Indian journal of veterinary science and animal husbandry - Volumes 24-25, 1954-1955
Year: 1954
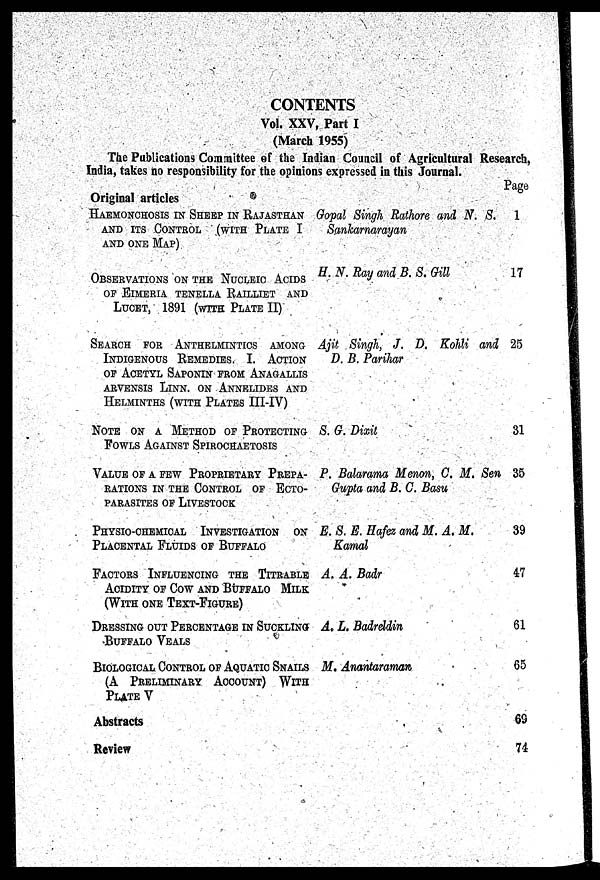
CONTENTS
Vol. XXV, Part I
(March 1955)
The Publications Committee of the Indian Council of Agricultural Research,
India, takes no responsibility for the opinions expressed in this Journal.
Original articles
HAEMONCHOSIS IN SHEEP IN RAJASTHAN
AND ITS CONTROL (WITH PLATE I
AND ONE MAP)
OBSERVATIONS ON THE NUCLEIC ACIDS
OF EIMERIA TENELLA RAILLIET AND
LUCET, 1891 (WITH PLATE II)
SEARCH FOR ANTHELMINTICS AMONG
INDIGENOUS REMEDIES. I. ACTION
OF ACETYL SAPONIN FROM ANAGALLIS
ARVENSIS LINN. ON ANNELIDES AND
HELMINTHS (WITH PLATES III-IV)
NOTE ON A METHOD OF PROTECTING
FOWLS AGAINST SPIROCHAETOSIS
VALUE OF A FEW PROPRIETARY PREPA-
RATIONS IN THE CONTROL OF ECTO-
PARASITES OF LIVESTOCK
PHYSIO-CHEMICAL INVESTIGATION ON
PLACENTAL FLUIDS OF BUFFALO
FACTORS INFLUENCING THE TITRABLE
ACIDITY OF COW AND BUFFALO MILK
(WITH ONE TEXT-FIGURE)
DRESSING OUT PERCENTAGE IN SUCKLING
BUFFALO VEALS
BIOLOGICAL CONTROL OF AQUATIC SNAILS
(A PRELIMINARY ACCOUNT) WITH
PLATE V
Gopal Singh Rathore and N. S.
Sankarnarayan
H. N. Ray and B. S. Gill
Ajit Singh, J. D. Kohli and
D. B. Parihar
S. G. Dixit
P. Balarama Menon, C. M. Sen
Gupta and B. C. Basu
E. S. E. Hafez and M. A. M.
Kamal
A. A. Badr
A. L. Badreldin
M. Anantaraman
Abstracts
Review
Page
1
17
25
31
35
39
47
61
65
69
74